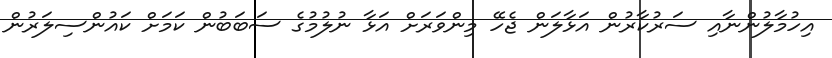
އިހުމާލުންނާއި ސަރުކާރުން އަޅާލަން ޖެހޭ މިންވަރަށް އަޅާ ނުލުމުގެ ސަބަބުން ކަމަށް ކައުންސިލަރުން